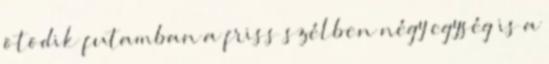
ötödik futamban a friss szélben négy egység is a